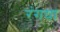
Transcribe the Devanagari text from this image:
रंगया